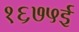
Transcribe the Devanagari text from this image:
१६७५ई